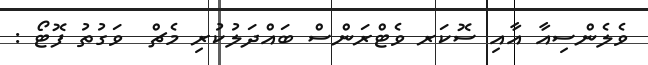
ވެލެންސިއާ އާއި ސޮކަރ ވެޓްރަންސް ބައްދަލުކުރި މެޗް  ވަގުތު ފޮޓޯ :